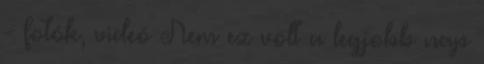
- fotók, videó Nem ez volt a legjobb nap